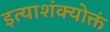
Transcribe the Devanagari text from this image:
इत्याशंक्योक्तं